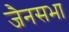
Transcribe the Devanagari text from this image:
जैनसभा